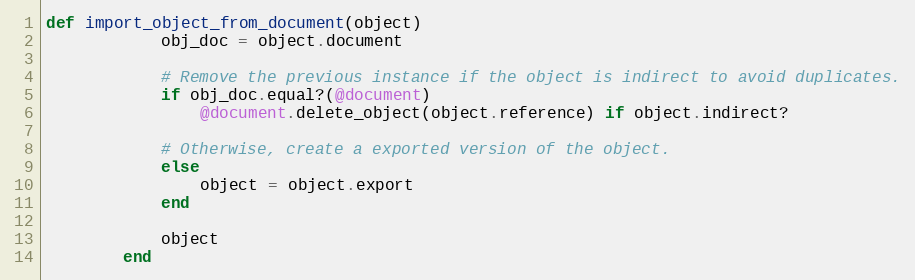
Language: Ruby
def import_object_from_document(object)
            obj_doc = object.document

            # Remove the previous instance if the object is indirect to avoid duplicates.
            if obj_doc.equal?(@document)
                @document.delete_object(object.reference) if object.indirect?

            # Otherwise, create a exported version of the object.
            else
                object = object.export
            end

            object
        end